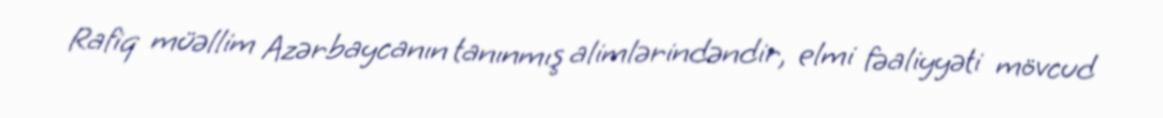
Rafiq müəllim Azərbaycanın tanınmış alimlərindəndir, elmi fəaliyyəti mövcud